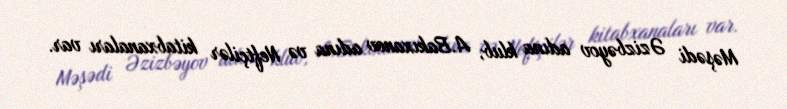
Məşədi Əzizbəyov adına klub, A.Bakıxanov adına və Neftçilər kitabxanaları var.